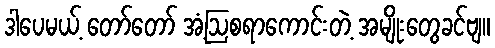
ဒါပေမယ့် တော်တော် အံ့ဩစရာကောင်းတဲ့ အမျိုးတွေခင်ဗျ။